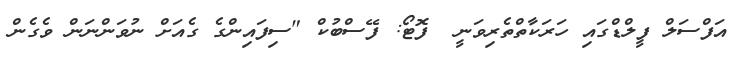
އަފްސަލް ފީލްޑްގައި ހަރަކާތްތެރިވަނީ  ފޮޓޯ: ފޭސްބުކް "ސިފައިންގެ ގެއަށް ނުވަންނަން ވެގެން